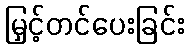
မြှင့်တင်ပေးခြင်း